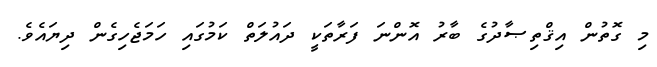
މި ގޮޮތުން އިޤްތިޞާދުގެ ބާރު އޮންނަ ފަރާތަކީ ދައުލަތް ކަމުގައި ހަމަޖެހިގެން ދިޔައެވެ.